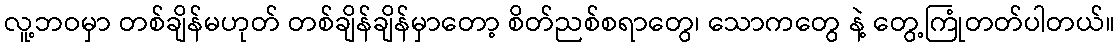
လူ့ဘဝမှာ တစ်ချိန်မဟုတ် တစ်ချိန်ချိန်မှာတော့ စိတ်ညစ်စရာတွေ၊ သောကတွေ နဲ့ တွေ့ကြုံတတ်ပါတယ်။